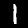
Digit: 1